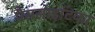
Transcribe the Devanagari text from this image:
पैरासाइटिका